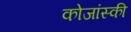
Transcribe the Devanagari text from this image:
कोजांस्की